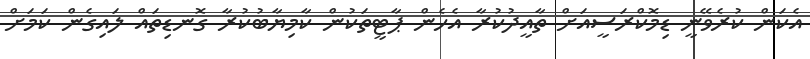
އެކަން ކުރެވޭނީ ޑިމޮކްރަސީއަށް ތާއީދުކުރާ އެހެން ޕާޓީތަކުން ކާމިޔާބުކުރާ ގޮނޑިތައް ލައިގެން ކަމަށް